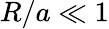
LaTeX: R/a\ll 1